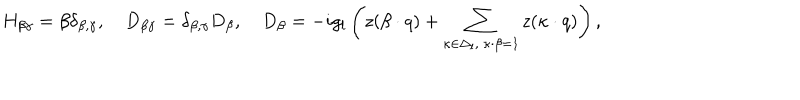
H _ { \beta \gamma } = \beta \delta _ { \beta , \gamma } , \quad D _ { \beta \gamma } = \delta _ { \beta , \gamma } D _ { \beta } , \quad D _ { \beta } = - i g _ { l } \left( z ( \beta \cdot q ) + \sum _ { \kappa \in \Delta _ { l } , \ \kappa \cdot \beta = 1 } z ( \kappa \cdot q ) \right) ,